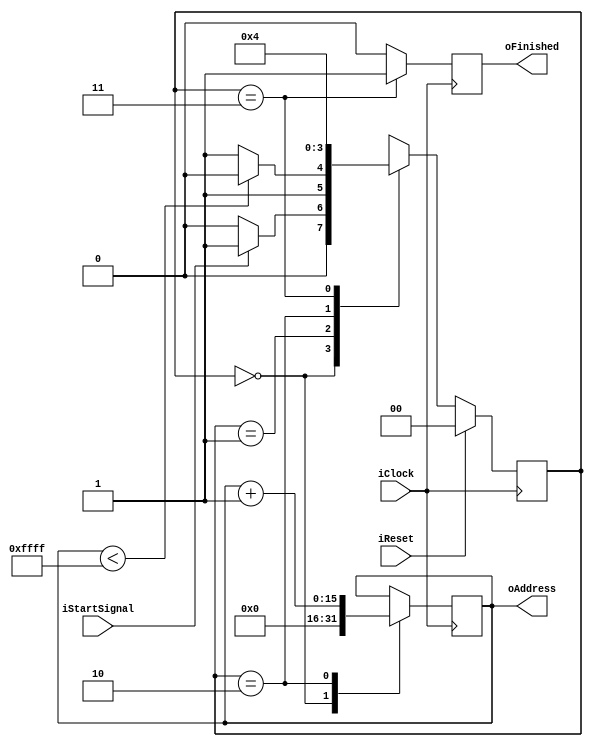
module sampler(iClock, iReset, iStartSignal, oAddress, oFinished);

	parameter IDLE = 2'b00,
		SAMPLING = 2'b01,
		INCREMENTING_ADDR = 2'b10,
		FINISHED_SAMPLING = 2'b11;

	input iClock;
	input iReset;
	input iStartSignal;
	output reg [15:0] oAddress;
	output oFinished;
	
	reg [1:0] state = IDLE;
	wire [1:0] next_state;
	
	assign next_state = next_state_fun(state, iStartSignal, oAddress);

	function [1:0] next_state_fun(input [1:0] state, input start_signal, input [15:0] address);
		case(state)
		IDLE:
			if (start_signal) begin
				next_state_fun = SAMPLING;
			end else begin
				next_state_fun = IDLE;
			end
		SAMPLING:
			if (address < 16'hFFFF) begin
				next_state_fun = INCREMENTING_ADDR;
			end else begin
				next_state_fun = FINISHED_SAMPLING;
			end
		INCREMENTING_ADDR: 
			next_state_fun = SAMPLING;
		FINISHED_SAMPLING:
			next_state_fun = IDLE;
		default:
			next_state_fun = IDLE;
		endcase
	
	endfunction
	
always@(posedge iClock) begin
	if (iReset) begin
		state <= IDLE;
	end else begin
		state <= next_state;
	end
end

always@(posedge iClock) begin
	oFinished <= 0;
	case(state)
	IDLE: begin
		oAddress <= 16'b0;
	end
	SAMPLING: begin
	end
	INCREMENTING_ADDR: begin
		oAddress <= oAddress + 16'b1;
	end
	FINISHED_SAMPLING: begin
		oFinished <= 1;
	end
	endcase
end

endmodule